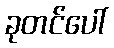
ခုတင်ပေါ်